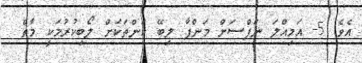
އެވެ. 5- އަމިއްލަ ނަފްސަށް މަންފާ ލިބޭ ކަންތަކަށް ލޯބިކުރުމަކީ މާތް